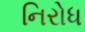
નિરોધ